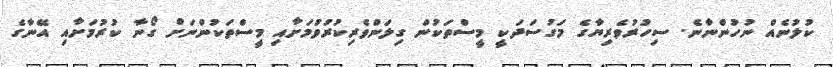
ކުލުނެއް ނުހުންނާނެ. ސިހުރުވެރިޔާގެ މަގުސަދަކީ މީސްތަކުން ގިލަންވެރިކުރުވުމަށާއި މީސްތަކުންނަށް ގޯނާ ކުރުމަށާއި އޭނާގެ